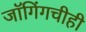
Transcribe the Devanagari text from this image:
जॉगिंगचीही